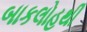
બાકલોહથી